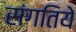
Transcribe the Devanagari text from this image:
संगतिये